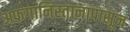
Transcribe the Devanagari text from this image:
अफगानिस्तानापासून